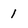
Character: 1